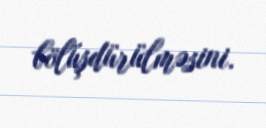
bölüşdürülməsini.